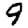
Digit: 9